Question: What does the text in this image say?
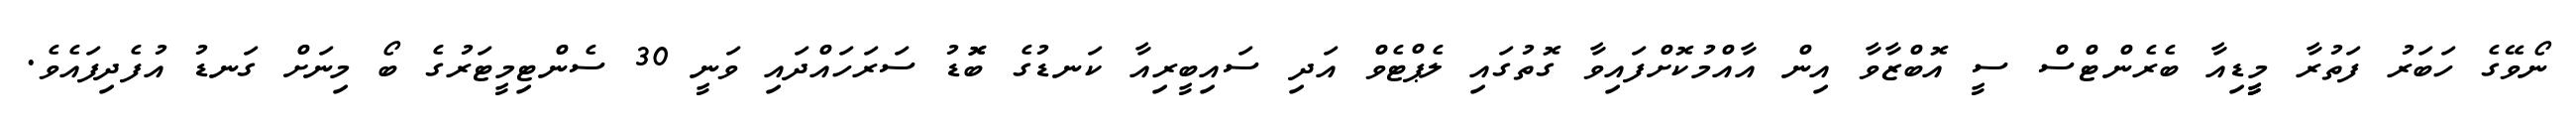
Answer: ނޯވޭގެ ހަބަރު ފަތުރާ މީީޑިއާ ބެރެންޓްސް ސީ އޮބްޒާވާ އިން އާއްމުކޮށްފައިވާ ގޮތުގައި ލެޕްޓެވް އަދި ސައިބީރިއާ ކަނޑުގެ ބޮޮޑު ސަރަހައްދައި ވަނީ 30 ސެންޓިމީޓަރުގެ ބޯ މިނަށް ގަނޑު އުފެދިފައެވެ.